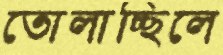
তোলাচ্ছিলে